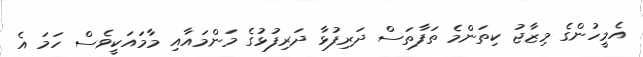
އެމީހުންގެ މިޒާޖު ކިތަންމެ ތަފާތަސް ދަރިފުޅާ ދަރިފުޅުގެ މަންމައާއި މާމައަކީވެސް ހަމަ އެ